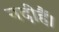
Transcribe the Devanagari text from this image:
नदीहैं।